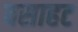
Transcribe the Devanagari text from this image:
वसाहट